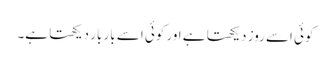
کوئی اسے روز دیکھتا ہے اور کوئی اسے بار بار دیکھتا ہے۔